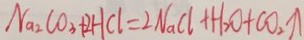
N a _ { 2 } C O _ { 3 } + 2 H C l = 2 N a C l + H _ { 2 } O + C O _ { 2 } \uparrow